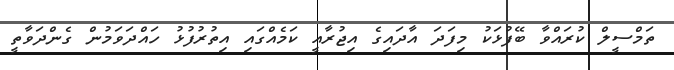
ތަމްސީލް ކުރައްވާ ބޭފުޅަކު މިފަދަ އާދައިގެ އިޖުރާއީ ކަމެއްގައި އިތުރުފުޅު ހައްދަވަމުން ގެންދަވާތީ